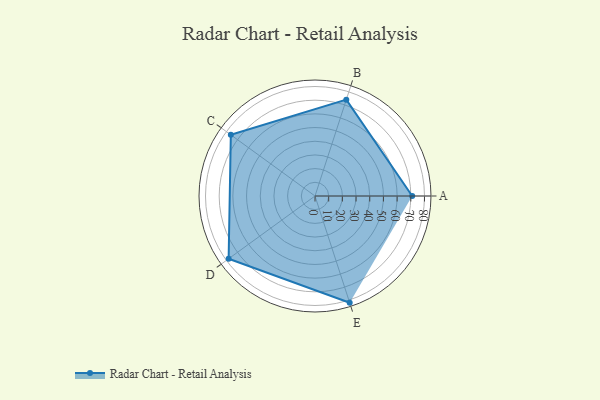
{"axis": {"x": "Skill", "y": "Score"}, "legend": ["Profile"], "data": [{"x": "A", "y": 71.0, "type": "Profile"}, {"x": "B", "y": 74.0, "type": "Profile"}, {"x": "C", "y": 76.0, "type": "Profile"}, {"x": "D", "y": 78.0, "type": "Profile"}, {"x": "E", "y": 82.0, "type": "Profile"}]}